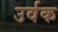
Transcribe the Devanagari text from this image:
उर्वक